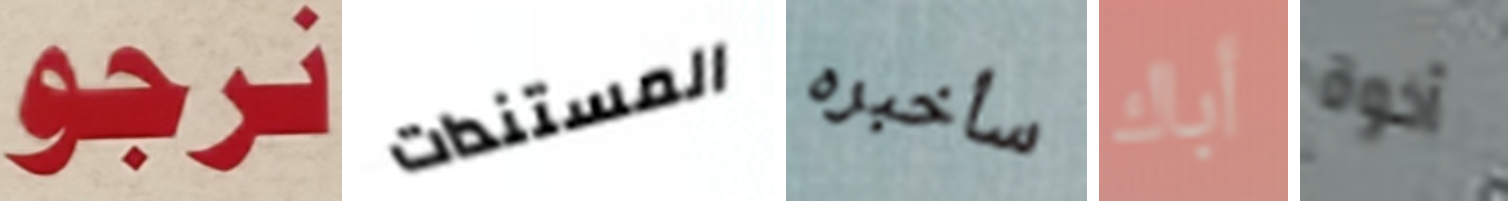
نرجو المستندات سأخبره أباك أخوة